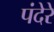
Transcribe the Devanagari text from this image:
पंदेरे